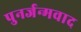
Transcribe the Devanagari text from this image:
पुनर्जन्मवाद